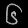
Digit: ၆